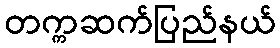
တက္ကဆက်ပြည်နယ်